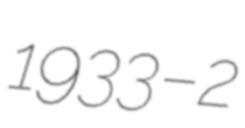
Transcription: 1933 – 2